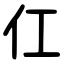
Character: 仜